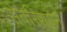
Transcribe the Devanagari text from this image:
सेबस्शियन